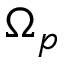
\Omega _ { p }